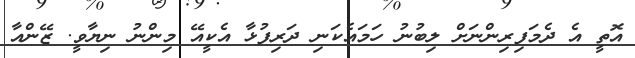
އޮތީ އެ ދެމަފިރިންނަށް ލިބުނު ހަމައެކަނި ދަރިފުޅާ އެކީއޭ މިންނު ނިޔާވީ. ޒޭންއާ